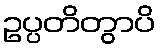
ဥပ္ပတိတွာပိ